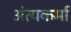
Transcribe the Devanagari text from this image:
अंत्यकर्मा